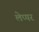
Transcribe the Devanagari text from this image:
लेप्पर